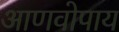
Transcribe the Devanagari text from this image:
आणवोपाय